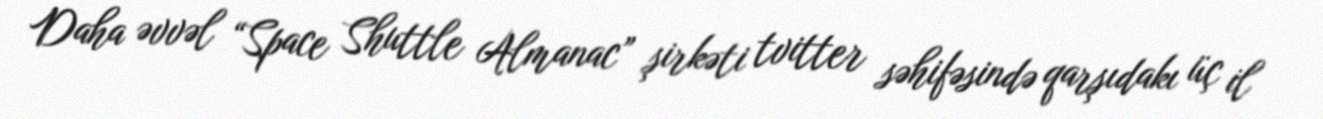
Daha əvvəl “Space Shuttle Almanac” şirkəti tvitter səhifəsində qarşıdakı üç il